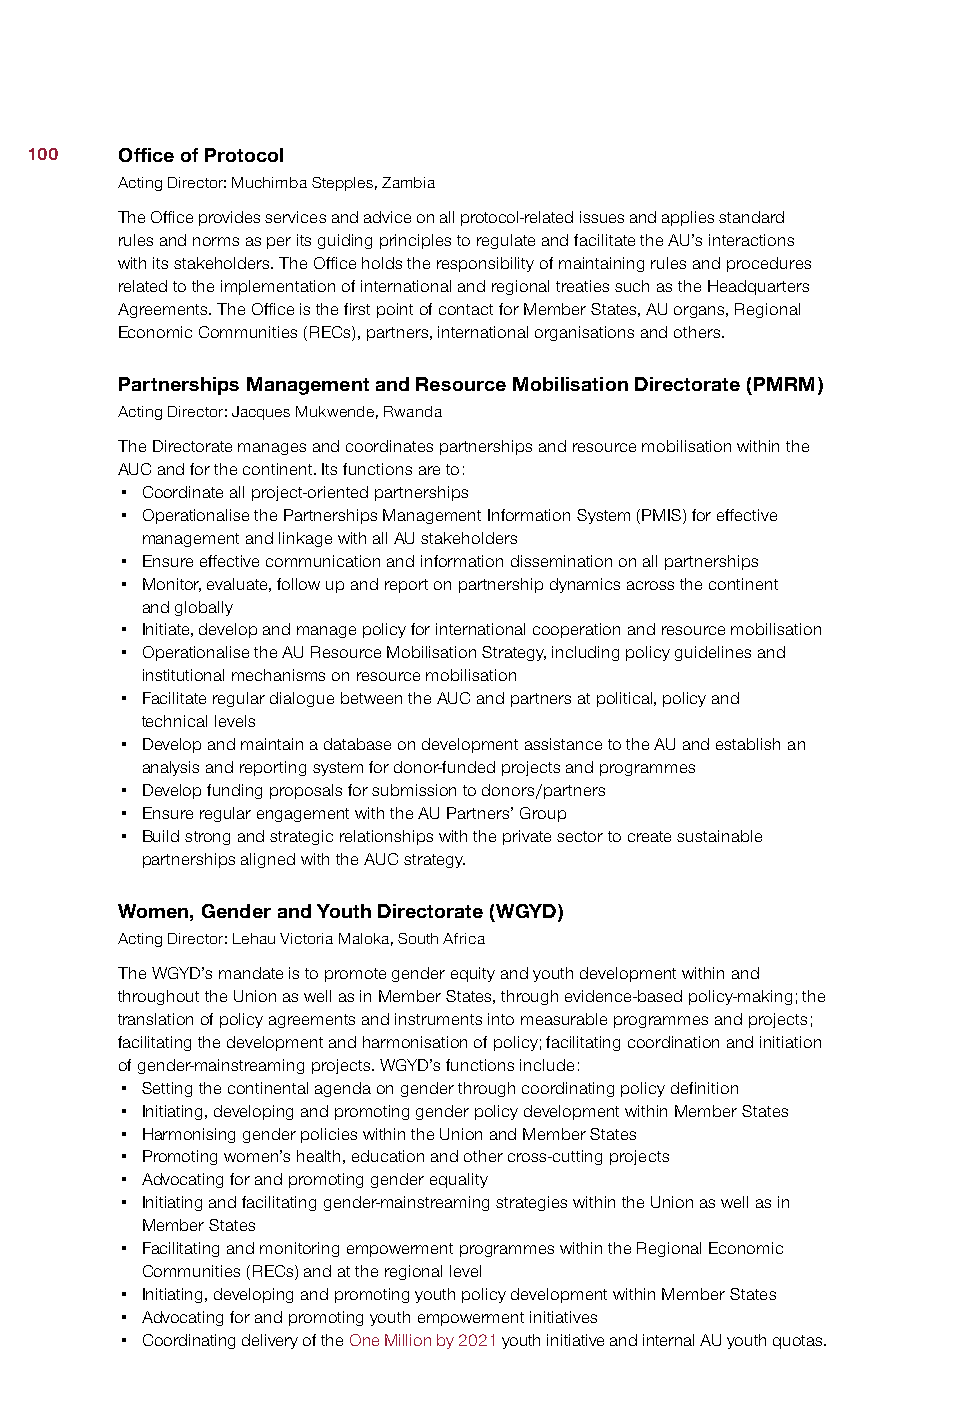
100   Office of Protocol
 Acting Director: Muchimba Stepples, Zambia
 The Office provides services and advice on all protocol-related issues and applies standard
 rules and norms as per its guiding principles to regulate and facilitate the AU’s interactions
 with its stakeholders. The Office holds the responsibility of maintaining rules and procedures
 related to the implementation of international and regional treaties such as the Headquarters
 Agreements. The Office is the first point of contact for Member States, AU organs, Regional
 Economic Communities (RECs), partners, international organisations and others.
 Partnerships Management and Resource Mobilisation Directorate (PMRM)
 Acting Director: Jacques Mukwende, Rwanda
 The Directorate manages and coordinates partnerships and resource mobilisation within the
 AUC and for the continent. Its functions are to:
 • Coordinate all project-oriented partnerships
 • Operationalise the Partnerships Management Information System (PMIS) for effective
 management and linkage with all AU stakeholders
 • Ensure effective communication and information dissemination on all partnerships
 • Monitor, evaluate, follow up and report on partnership dynamics across the continent
 and globally
 • Initiate, develop and manage policy for international cooperation and resource mobilisation
 • Operationalise the AU Resource Mobilisation Strategy, including policy guidelines and
 institutional mechanisms on resource mobilisation
 • Facilitate regular dialogue between the AUC and partners at political, policy and
 technical levels
 • Develop and maintain a database on development assistance to the AU and establish an
 analysis and reporting system for donor-funded projects and programmes
 • Develop funding proposals for submission to donors/partners
 • Ensure regular engagement with the AU Partners’ Group
 • Build strong and strategic relationships with the private sector to create sustainable
 partnerships aligned with the AUC strategy.
 Women, Gender and Youth Directorate (WGYD)
 Acting Director: Lehau Victoria Maloka, South Africa
 The WGYD’s mandate is to promote gender equity and youth development within and
 throughout the Union as well as in Member States, through evidence-based policy-making; the
 translation of policy agreements and instruments into measurable programmes and projects;
 facilitating the development and harmonisation of policy; facilitating coordination and initiation
 of gender-mainstreaming projects. WGYD’s functions include:
 • Setting the continental agenda on gender through coordinating policy definition
 • Initiating, developing and promoting gender policy development within Member States
 • Harmonising gender policies within the Union and Member States
 • Promoting women’s health, education and other cross-cutting projects
 • Advocating for and promoting gender equality
 • Initiating and facilitating gender-mainstreaming strategies within the Union as well as in
 Member States
 • Facilitating and monitoring empowerment programmes within the Regional Economic
 Communities (RECs) and at the regional level
 • Initiating, developing and promoting youth policy development within Member States
 • Advocating for and promoting youth empowerment initiatives
 • Coordinating delivery of the One Million by 2021 youth initiative and internal AU youth quotas.